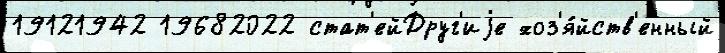
19121942 19682022 стат'ейДруг'иjе хоз'я́йств'енный